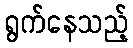
ရွက်နေသည့်